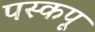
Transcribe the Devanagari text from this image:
पस्कपू